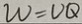
W = V Q